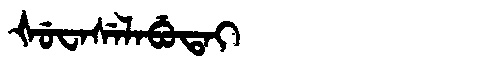
Manchu: ᡧᡠᠸᠠᠰᡝᠯᠠᠪᡠᡨᠠᡳ
Romanization: ŠUWASELABUTAI